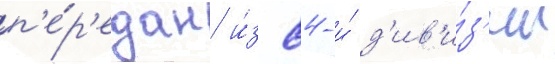
п'е́р'едан и́з 84-и́ д'ив'и́з'ии